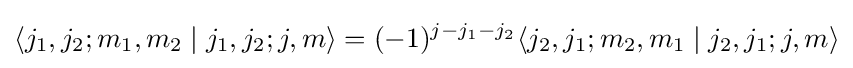
\langle j_{1},j_{2};m_{1},m_{2}\mid j_{1},j_{2};j,m\rangle =(-1)^{j-j_{1}-j_{2}}\langle j_{2},j_{1};m_{2},m_{1}\mid j_{2},j_{1};j,m\rangle